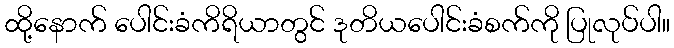
ထို့နောက် ပေါင်းခံကိရိယာတွင် ဒုတိယပေါင်းခံစက်ကို ပြုလုပ်ပါ။